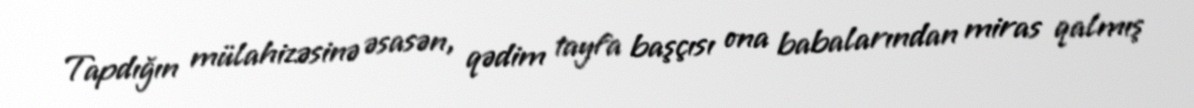
Tapdığın mülahizəsinə əsasən, qədim tayfa başçısı ona babalarından miras qalmış